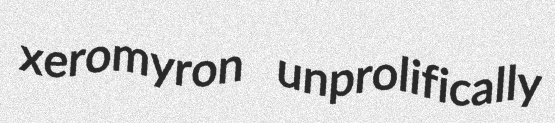
xeromyron unprolifically